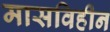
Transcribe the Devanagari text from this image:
मासविहीन